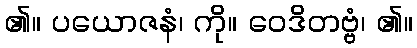
၏။ ပယောဇနံ၊ ကို။ ဝေဒိတဗ္ဗံ၊ ၏။